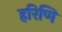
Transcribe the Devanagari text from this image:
हरिणि